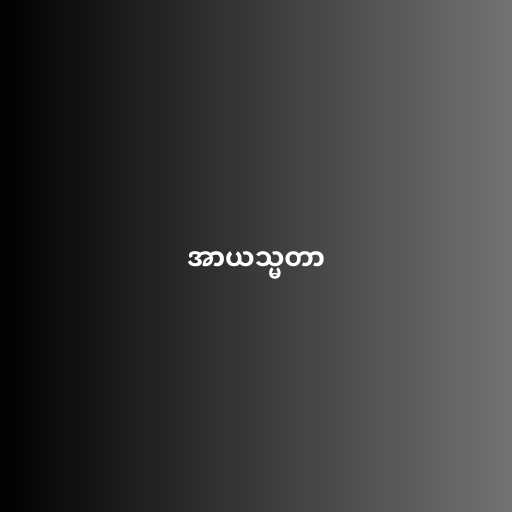
အာယသ္မတာ